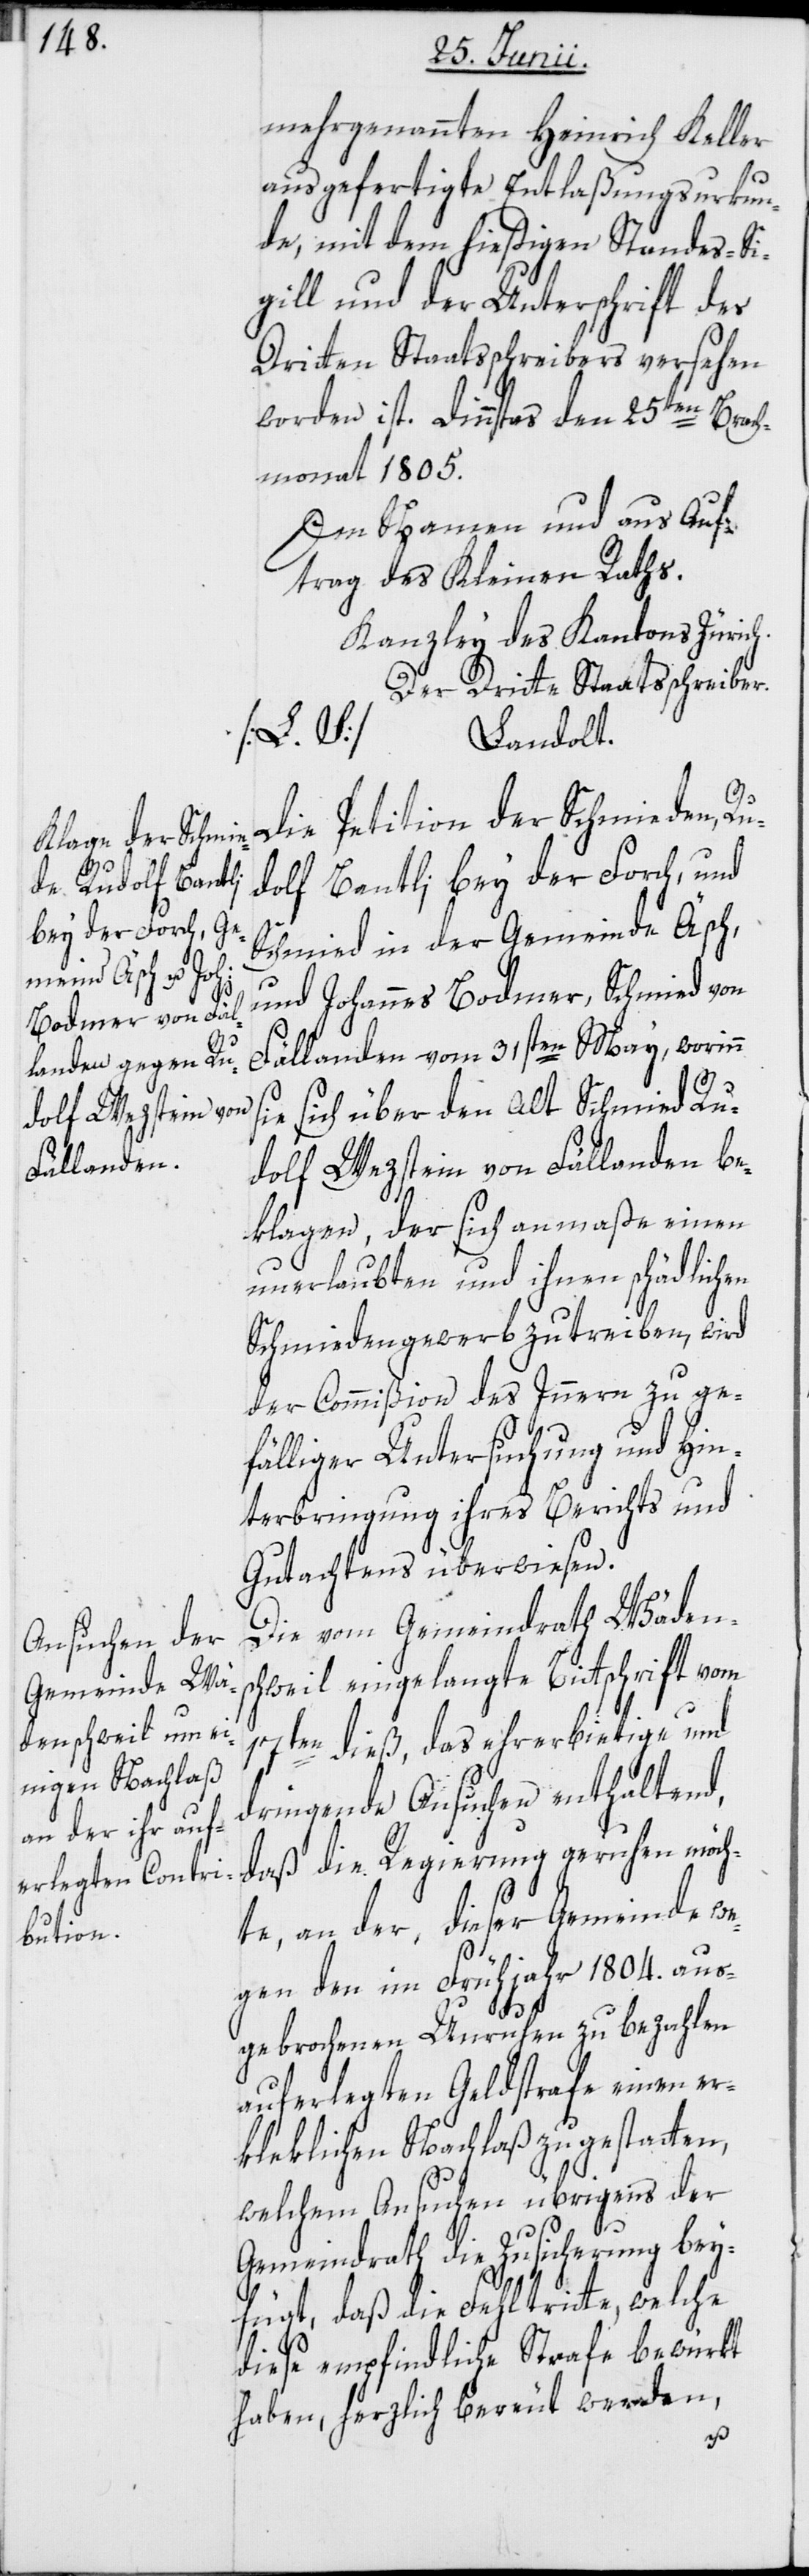
mehrgenannten Heinrich Keller
ausgefertigte Entlaßungsurkun¬
de, mit dem hießigen Standes-Si¬
gill und der Unterschrift des
Dritten Staatsschreibers versehen
worden ist. Dinnsta[g]s den 25ten Brach¬
monat 1805.
Im Namen und aus Auf¬
trag des Kleinen Raths.
Kanzley des Kantons Zürich.
Der Dritte Staatsschreiber.
[L. S.]
Landolt.
Die Petition der Schmieden, Ru¬
dolf Bantli bey der Forch, und
Schmied in der Gemeinde Äsch,
und Johannes Bodmer, Schmied von
Fällanden vom 31sten May, worinn
ie sich über den Alt Schmied Ru¬
dolf Wezstein von Fällanden be¬
klagen, der sich anmaße einen
unerlaubten und ihnen schädlichen
Schmiedengewerb zu treiben, wird
der Commißion des Innern zu ge¬
fälliger Untersuchung und Hin¬
terbringung ihres Berichts und
Gutachtens überwiesen.
Die vom Gemeindrath Wädens¬
chweil eingelangte Bittschrift vom
17ten dieß, das ehrerbietige und
dringende Ansuchen enthaltend,
daß die Regierung geruhen möch¬
te, an der, dieser Gemeinde we¬
gen den im Frühjahr 1804. aus¬
gebrochenen Unruhen zu bezahlen
auferlegten Geldstrafe einen er¬
kleklichen Nachlaß zu gestatten,
welchem Ansuchen übrigens der
Gemeindrath die Zusicherung bey¬
fügt, daß die Fehltritte, welche
diese empfindliche Strafe bewürkt
haben, herzlich bereut werden,
s¬